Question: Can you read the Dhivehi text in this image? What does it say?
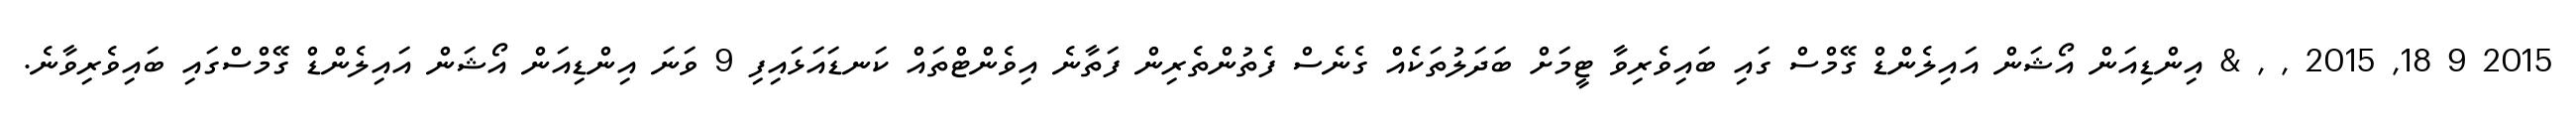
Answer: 2015 9 18, 2015 , , & އިންޑިއަން އޯޝަން އައިލެންޑް ގޭމްސް ގައި ބައިވެރިވާ ޓީމަށް ބަދަލުތަކެއް ގެނެސް ފެތުންތެރިން ފަތާނެ އިވެންޓްތައް ކަނޑައަޅައިފި 9 ވަނަ އިންޑިއަން އޯޝަން އައިލެންޑް ގޭމްސްގައި ބައިވެރިވާނެ.